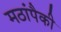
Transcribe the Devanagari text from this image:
मठांपैकी